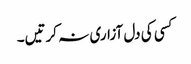
کسی کی دل آزاری نہ کرتیں۔